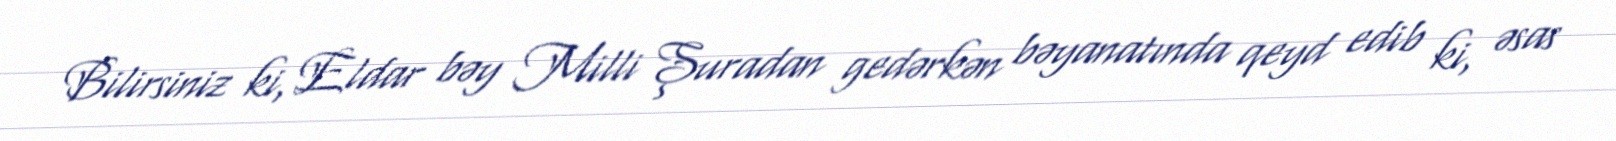
Bilirsiniz ki, Eldar bəy Milli Şuradan gedərkən bəyanatında qeyd edib ki, əsas